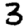
Digit: 3